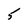
Character: 5